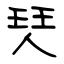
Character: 珡